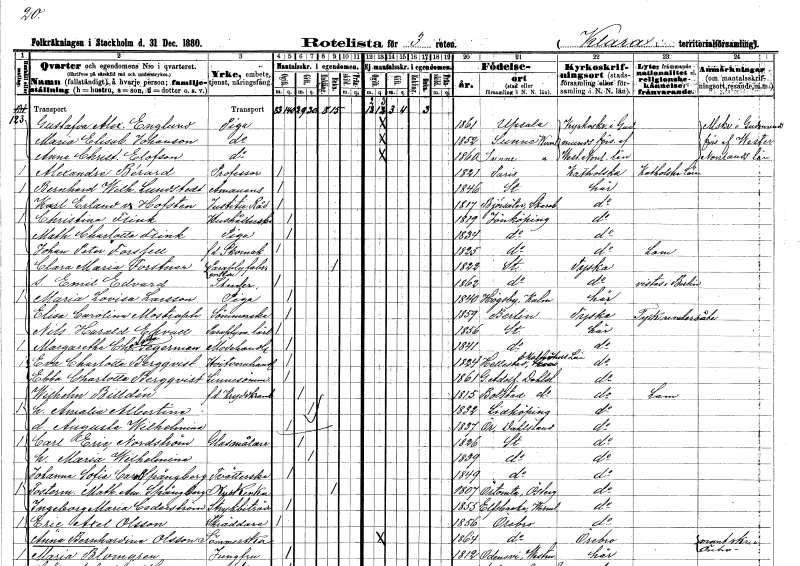
gt_parse: households: individuals: FN: Gustafva Alexandra
EN: Englund
YRKE: Piga
KON: K
CIV: O
FODAR: 1861
FODFORS: Uppsala Uppsala län
FN: Maria Elisabet
EN: Johanson
YRKE: Piga
KON: K
CIV: O
FODAR: 1852
FODFORS: Sunne Värmlands län
FN: Anna Christina
EN: Elofson
YRKE: Piga
KON: K
CIV: O
FODAR: 1860
FODFORS: Sunne Värmlands län
FN: Alexandre
EN: Bérard
YRKE: Professor
KON: M
CIV: O
FODAR: 1821
FN: Bernhard Wilhelm
EN: Lundstedt
YRKE: Amanuens
KON: M
CIV: O
FODAR: 1846
FODFORS: Stockholm
FN: Karl Erland
EN: v. Hofsten
YRKE: Justitieråd
KON: M
CIV: O
FODAR: 1817
FODFORS: Björsäter Skaraborgs län
FN: Christina
EN: Flink
YRKE: Hushållerska
KON: K
CIV: O
FODAR: 1819
FODFORS: Jönköping Jönköpings län
FN: Mathilda Charlotta
EN: Flink
YRKE: Piga
KON: K
CIV: O
FODAR: 1834
FODFORS: Jönköping Jönköpings län
FN: Johan Peter
EN: Forssell
YRKE: Skomakare f.d.
KON: M
CIV: O
FODAR: 1825
FODFORS: Jönköping Jönköpings län
FN: Clara Maria
EN: Forstner
YRKE: Paraplyfabriksarbetareänka
KON: K
CIV: E
FODAR: 1822
FODFORS: Stockholm
FN: Emil Edvard
YRKE: Studerande
KON: M
CIV: O
FODAR: 1862
FODFORS: Stockholm
FN: Maria Lovisa
EN: Larsson
YRKE: Piga
KON: K
CIV: O
FODAR: 1840
FODFORS: Högsby Kalmar län
FN: Elisa Carolina
EN: Mostraph
YRKE: Sömmerska
KON: K
CIV: O
FODAR: 1859
FN: Nils Harald
EN: Ekvall
YRKE: Paraplymakarelärling
KON: M
CIV: O
FODAR: 1856
FODFORS: Stockholm
FN: Margaretha Charlotta
EN: Segerman
YRKE: Modehandlerska
KON: K
CIV: O
FODAR: 1841
FODFORS: Stockholm
FN: Eva Charlotta
EN: Bergqvist
YRKE: Vitvaruhandlare
KON: K
CIV: O
FODAR: 1824
FODFORS: Hällestad Malmöhus län
FN: Ebba Charlotta
EN: Bergqvist
YRKE: Linnesömmerska
KON: K
CIV: O
FODAR: 1861
FODFORS: Gustav Adolf Älvsborgs län
FN: Wilhelm
EN: Billdén
YRKE: Kryddkramhandlare
KON: M
CIV: G
FODAR: 1815
FODFORS: Bolstad Älvsborgs län
FN: Amalia Albertina
KON: K
CIV: G
FODAR: 1832
FODFORS: Lidköping Skaraborgs län
FN: Augusta Wilhelmina
KON: K
CIV: O
FODAR: 1837
FODFORS: Ör Älvsborgs län
FN: Carl Eric
EN: Nordström
YRKE: Glasmålare
KON: M
CIV: G
FODAR: 1826
FODFORS: Stockholm
FN: Maria Wilhelmina
KON: K
CIV: G
FODAR: 1839
FODFORS: Stockholm
FN: Johanna Sofia Carolina
EN: Spångberg
YRKE: Tvätterska
KON: K
CIV: O
FODAR: 1849
FODFORS: Stockholm
FN: Mathilda Amalia
EN: Spångberg
YRKE: Kuskänka
KON: K
CIV: E
FODAR: 1807
FODFORS: Örtomta Östergötlands län
FN: Ingeborg Maria
EN: Cederström
YRKE: Strykbiträde
KON: K
CIV: O
FODAR: 1855
FODFORS: Älvsbacka Värmlands län
FN: Eric Axel
EN: Olsson
YRKE: Skräddare
KON: M
CIV: O
FODAR: 1856
FODFORS: Örebro Örebro län
FN: Anna Bernhardina
EN: Olsson
YRKE: Sömmerska
KON: K
CIV: O
FODAR: 1864
FODFORS: Örebro Örebro län
FN: Maria
EN: Blomgren
YRKE: Jungfru
KON: K
CIV: O
FODAR: 1812
FODFORS: Odensvi Kalmar län